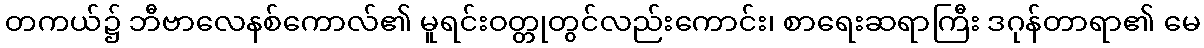
တကယ်၌ ဘီဗာလေနစ်ကောလ်၏ မူရင်းဝတ္တုတွင်လည်းကောင်း၊ စာရေးဆရာကြီး ဒဂုန်တာရာ၏ မေ